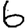
Digit: 6